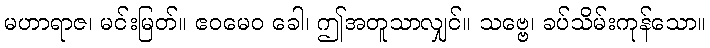
မဟာရာဇ၊ မင်းမြတ်။ ဧဝမေဝ ခေါ၊ ဤအတူသာလျှင်။ သဗ္ဗေ၊ ခပ်သိမ်းကုန်သော။